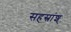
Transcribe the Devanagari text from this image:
सहस्रांश्